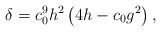
\begin{align*}\delta = c_0^9 h^2 \left(4h - c_0g^2\right) ,\end{align*}